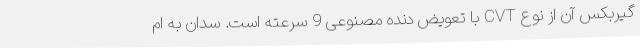
گیربکس آن از نوع CVT با تعویض دنده مصنوعی 9 سرعته است. سدان به ام